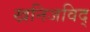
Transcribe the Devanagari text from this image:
खनिजविद्